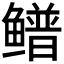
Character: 𬶴